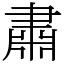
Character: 肅